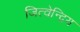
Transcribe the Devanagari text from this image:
जित्वेन्द्रिय